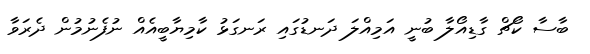
ބާސާ ކޯޗް ގާޑިއޯލާ ބުނީ އަމިއްލަ ދަނޑުގައި ރަނގަޅު ކާމިޔާބީއެއް ނުފެނުމުން ދެރަވާ